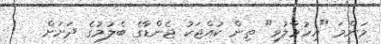
މަންމަ "އިހުމާލުވި" ތިން ކުއްޖަކު ޖެންޑާގެ ބެލުމުގެ ދަށަށް   !